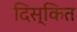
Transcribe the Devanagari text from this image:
दिस्कित